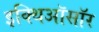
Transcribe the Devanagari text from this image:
इक्थिऑसॉर